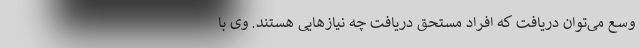
وسع می‌توان دریافت که افراد مستحق دریافت چه نیازهایی هستند. وی با